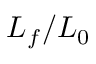
L _ { f } / L _ { 0 }